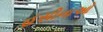
હસીનાઓ